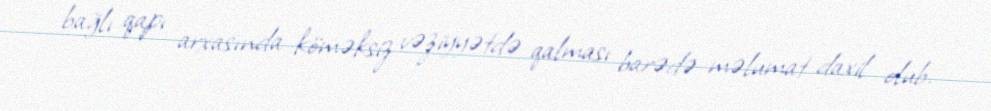
bağlı qapı arxasında köməksiz vəziyyətdə qalması barədə məlumat daxil olub.